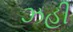
ઝહી